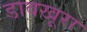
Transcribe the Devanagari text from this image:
डावखूरा